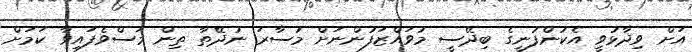
އަށް ވިދާޅުވީ އެކުންފުނީގެ ބިދޭސީ މުވައްޒަފުންނަށް މުސާރަ ނުދޭތާ ތިން މަސްވެފައިވާ ކަމަށް